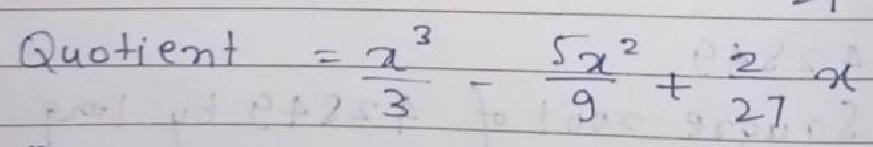
$\text{Quotient}=\frac{x^{3}}{3}-\frac{5x^{2}}{9}+\frac{2}{27}x$